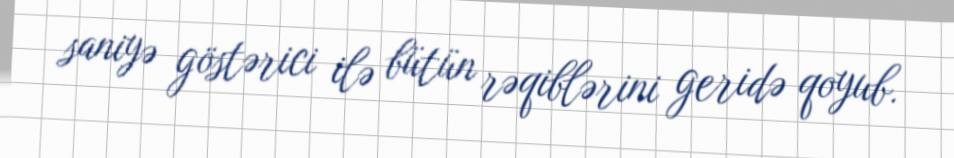
saniyə göstərici ilə bütün rəqiblərini geridə qoyub.